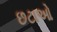
છટાઓ